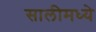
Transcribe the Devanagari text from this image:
सालीमध्ये